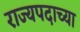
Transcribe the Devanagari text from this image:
राज्यपदाच्या